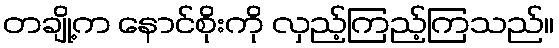
တချို့က နောင်စိုးကို လှည့်ကြည့်ကြသည်။